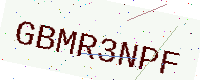
Text: GBMR3NPF